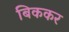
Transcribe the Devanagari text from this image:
बिककर